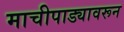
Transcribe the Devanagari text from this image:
माचीपाड्यावरून